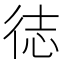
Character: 𪫍